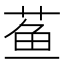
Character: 𬝁